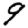
Digit: 9